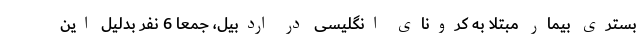
بستری بیمار مبتلا به کرونای انگلیسی در اردبیل، جمعا 6 نفر بدلیل این